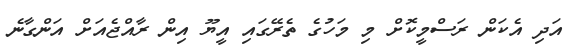
އަދި އެކަން ރަސްމީކޮށް މި މަހުގެ ތެރޭގައި އީޔޫ އިން ރާއްޖެއަށް އަންގާނެ